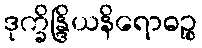
ဒုက္ခိန္ဒြိယနိရောဓဉ္စ